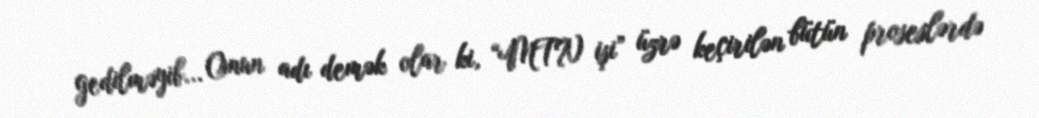
gedilməyib... Onun adı demək olar ki, “MTN işi” üzrə keçirilən bütün proseslərdə